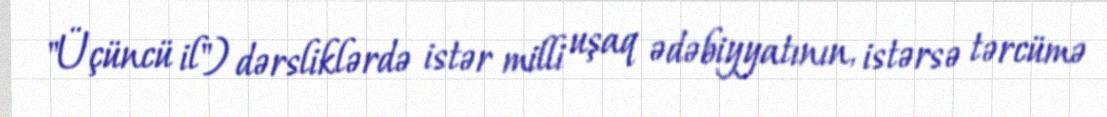
"Üçüncü il") dərsliklərdə istər milli uşaq ədəbiyyatının, istərsə tərcümə